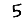
Digit: 5